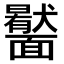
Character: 𩉎